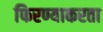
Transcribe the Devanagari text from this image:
फिरण्याकरता